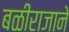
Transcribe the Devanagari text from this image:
बळीराजाने